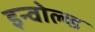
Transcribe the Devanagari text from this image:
इन्वोल्व्ड